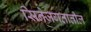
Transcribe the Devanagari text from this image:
सिनेजगतातील